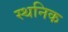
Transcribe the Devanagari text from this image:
स्थनिक